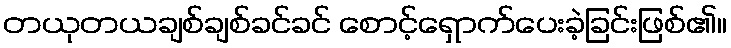
တယုတယချစ်ချစ်ခင်ခင် စောင့်ရှောက်ပေးခဲ့ခြင်းဖြစ်၏။